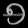
Digit: ၅